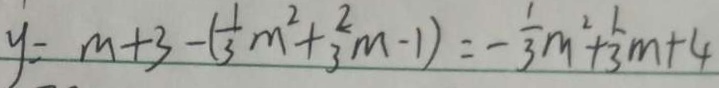
y = m + 3 - ( \frac { 1 } { 3 } m ^ { 2 } + \frac { 2 } { 3 } m - 1 ) = - \frac { 1 } { 3 } m ^ { 2 } + \frac { 2 } { 3 } m + 4